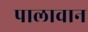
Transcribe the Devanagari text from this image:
पालावान